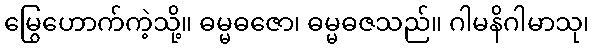
မြွေဟောက်ကဲ့သို့။ ဓမ္မဓဇော၊ ဓမ္မဓဇသည်။ ဂါမနိဂါမာသု၊